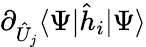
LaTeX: \partial_{\hat{U}_{j}}\langle\Psi|\hat{h}_{i}|\Psi\rangle